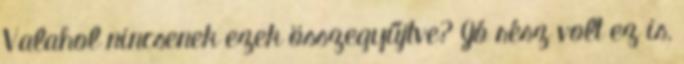
Valahol nincsenek ezek összegyűjtve? Jó rész volt ez is,